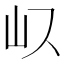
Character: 𭖀